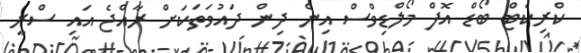
ކްރިކެޓް ބޯޑް އޮފް މޯލްޑިވްސް އިން ދިން ދައުވަތަކަށް ރާއްޖެ އައި ސްރީ